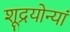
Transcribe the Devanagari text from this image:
शूद्रयोन्यां